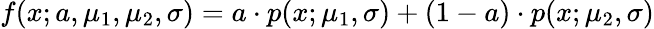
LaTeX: f(x;a,\mu_{1},\mu_{2},\sigma)=a\cdot p(x;\mu_{1},\sigma)+(1-a)\cdot p(x;\mu_{2},\sigma)